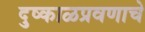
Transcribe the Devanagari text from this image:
दुष्काळप्रवणाचे